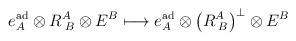
LaTeX: \begin{align*}e_A^{\rm ad} \otimes R_{\; B}^A \otimes E^B \longmapsto e_A^{\rm ad}\otimes \left( R_{\; B}^A\right)^\perp \otimes E^B\end{align*}